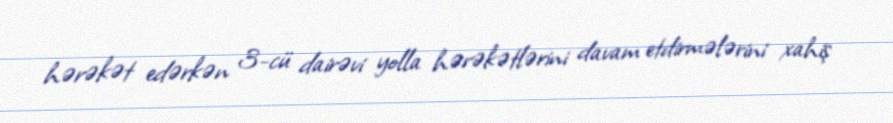
hərəkət edərkən 3-cü dairəvi yolla hərəkətlərini davam etdirmələrini xahiş